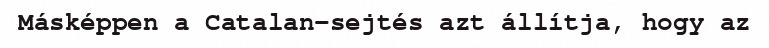
Másképpen a Catalan-sejtés azt állítja, hogy az